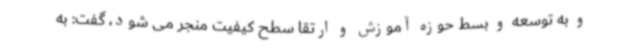
و به توسعه و بسط حوزه آموزش و ارتقا سطح کیفیت منجر می شود، گفت: به